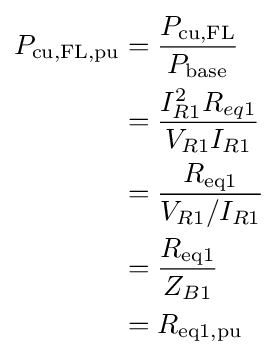
{\begin{aligned}P_{\text{cu,FL,pu}}&={\frac {P_{\text{cu,FL}}}{P_{\text{base}}}}\\&={\frac {I_{R1}^{2}R_{eq1}}{V_{R1}I_{R1}}}\\&={\frac {R_{\text{eq1}}}{V_{R1}/I_{R1}}}\\&={\frac {R_{\text{eq1}}}{Z_{B1}}}\\&=R_{\text{eq1,pu}}\\\end{aligned}}